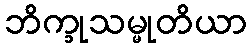
ဘိက္ခုသမ္မုတိယာ